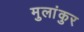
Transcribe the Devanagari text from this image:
मुलांकुर